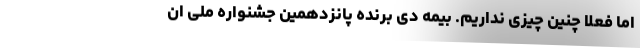
اما فعلا چنین چیزی نداریم. بیمه دی برنده پانزدهمین جشنواره ملی ان